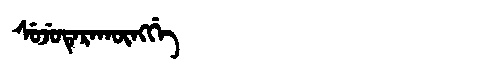
Manchu: ᠰᡠᠵᡠᡨᡝᡵᠠᡴᡡᠩᡤᡝ
Romanization: SUJUTERAKŪNGGE